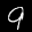
Label: 9